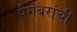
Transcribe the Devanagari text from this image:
पैगंबरांची